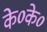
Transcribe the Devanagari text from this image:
के०के०